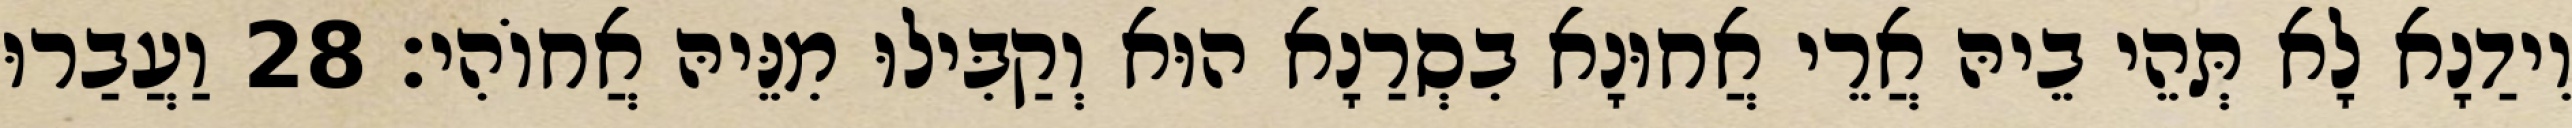
וִידַנָא לָא תְּהֵי בֵיהּ אֲרֵי אֲחוּנָא בִסְרַנָא הוּא וְקַבִּילוּ מִנֵּיהּ אֲחוֹהִי׃ 28 וַעֲבַרוּ